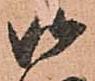
御